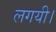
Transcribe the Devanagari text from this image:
लगयी।